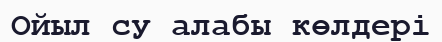
Ойыл су алабы көлдері